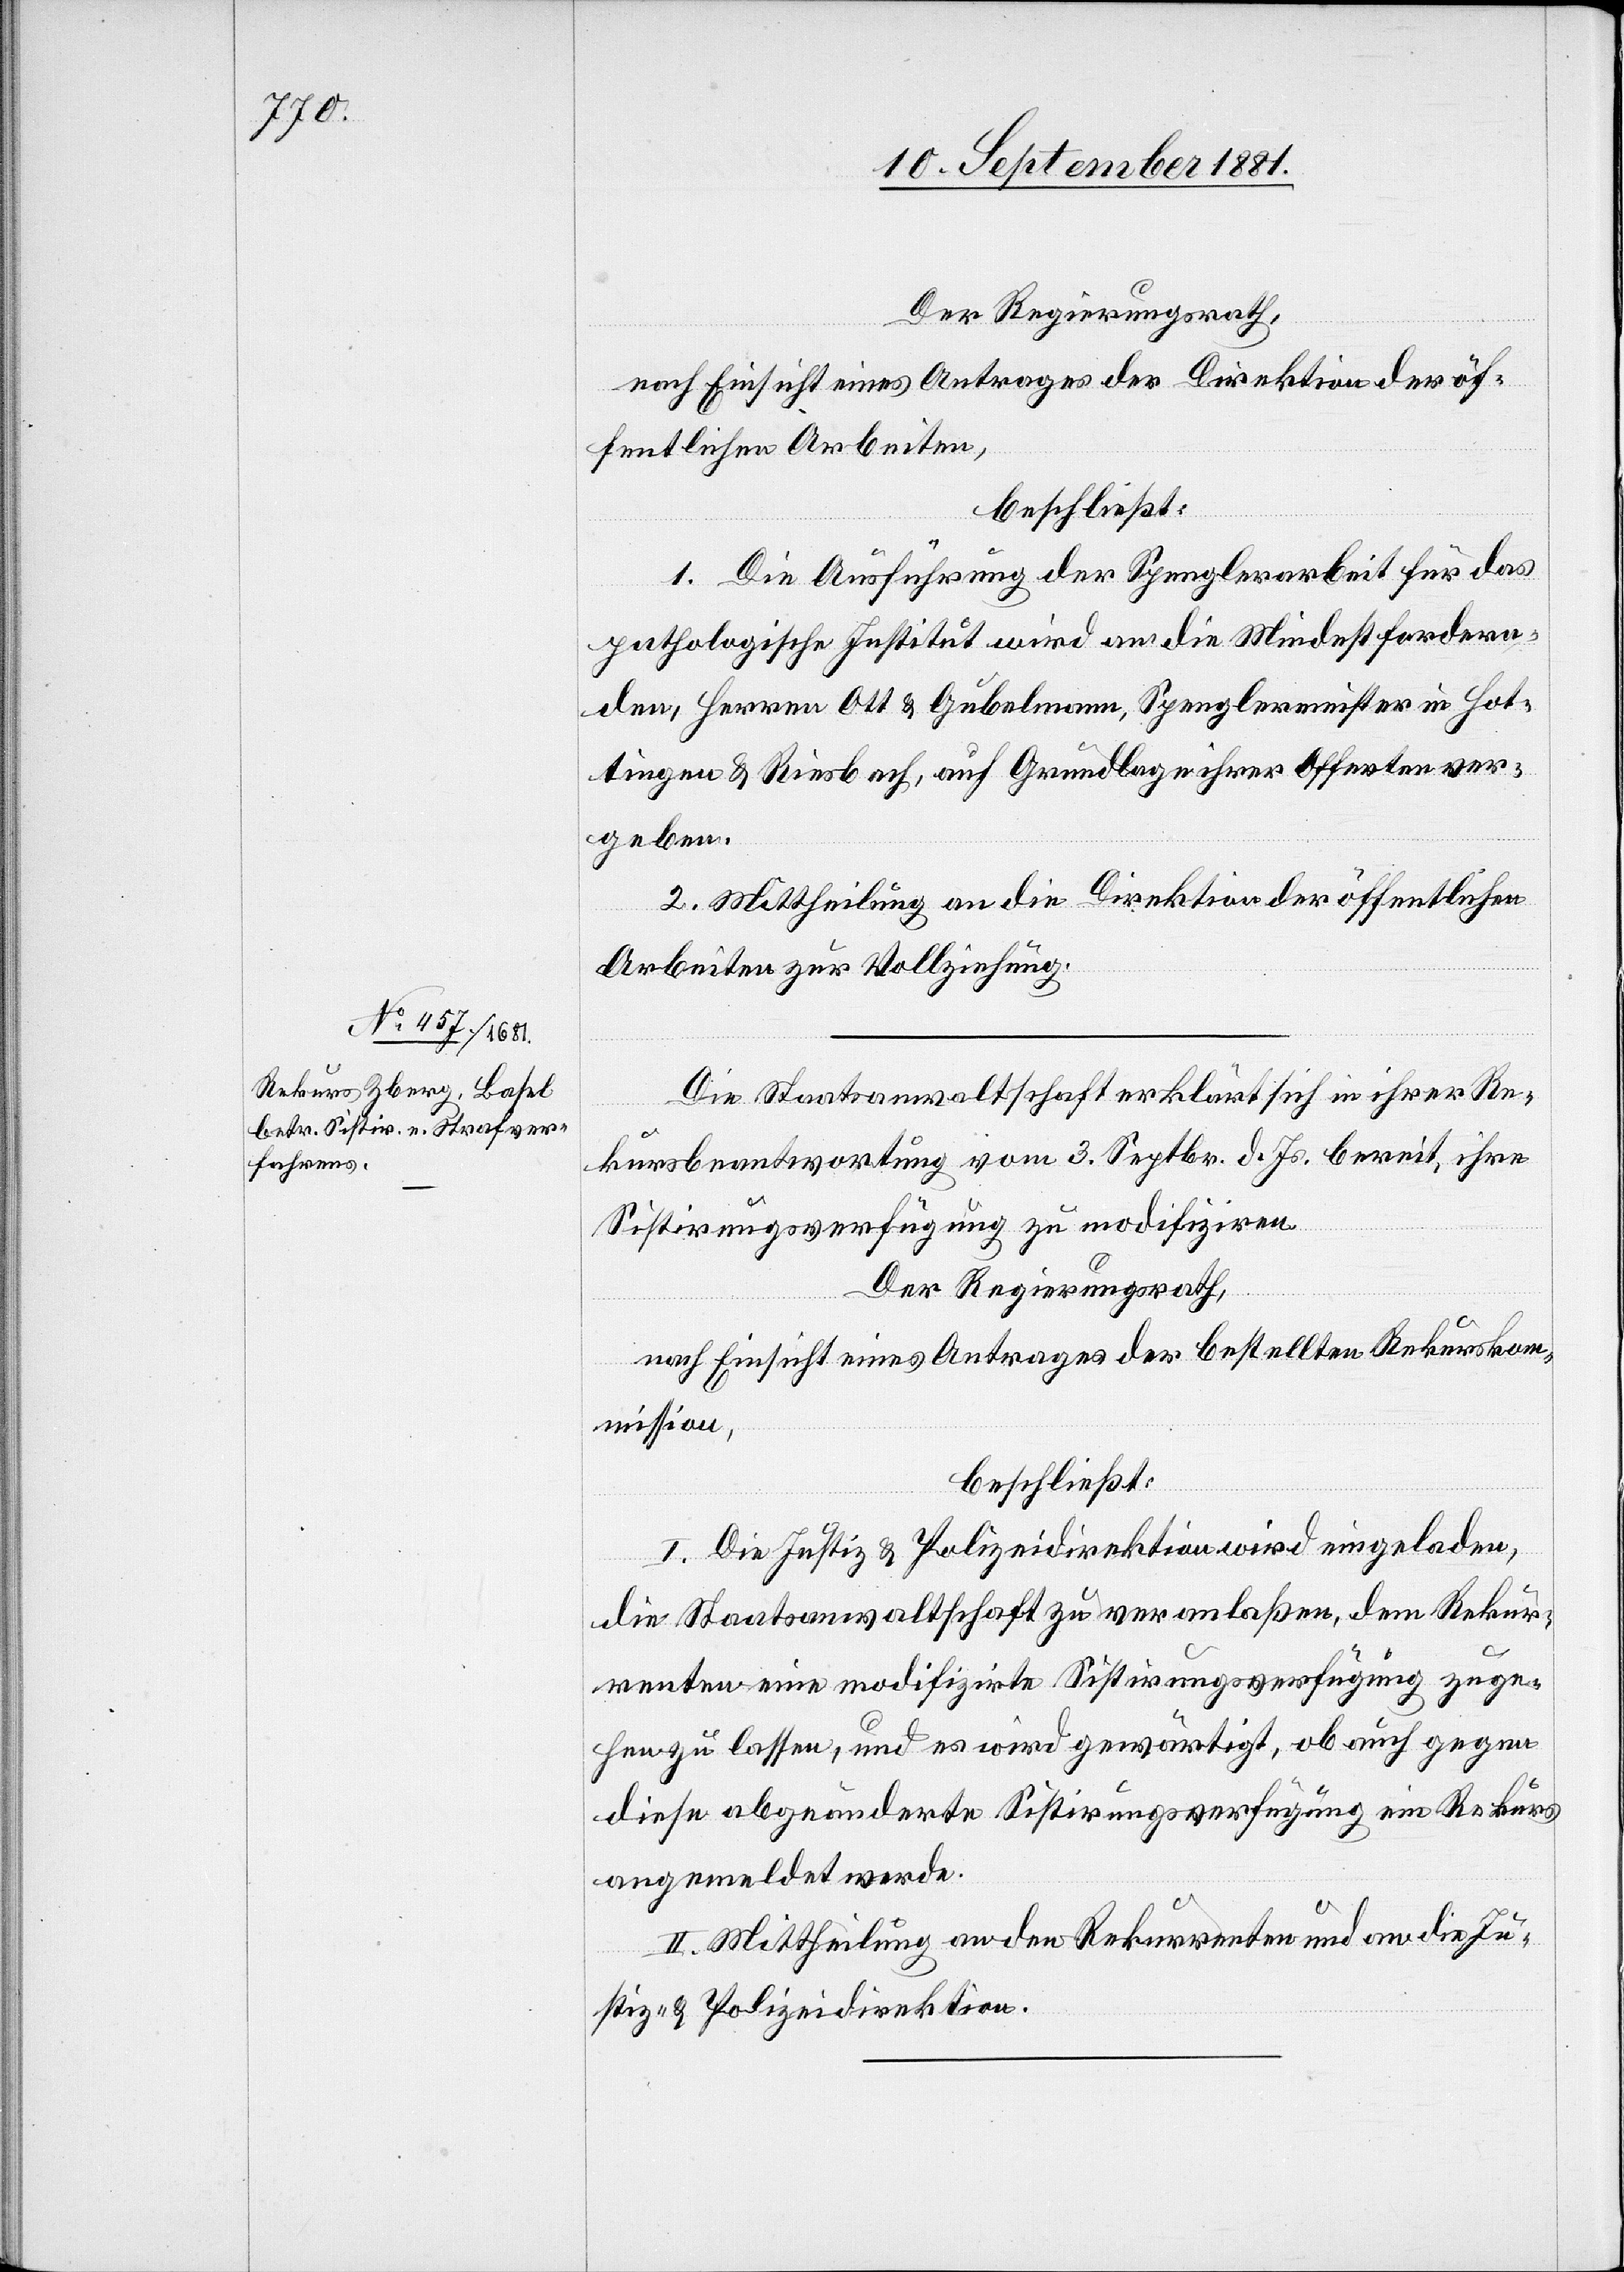
Der Regierungsrath,
nach Einsicht eines Antrages der Direktion der öf¬
fentlichen Arbeiten,
beschließt:
1. Die Ausführung der Spenglerarbeit für das
pathologische Institut wird an die Mindestfordern¬
den, Herren Ott & Gubelmann, Spenglermeister in Hot¬
tingen & Riesbach, auf Grundlage ihrer Offerten ver¬
geben.
2. Mittheilung an die Direktion der öffentlichen
Arbeiten zur Vollziehung.
Die Staatsanwaltschaft erklärt sich in ihrer Re¬
kursbeantwortung vom 3. Septbr. d. Js. bereit, ihre
Sistirungsverfügung zu modifizieren.
Der Regierungsrath,
nach Einsicht eines Antrages der bestellten Rekursko¬
mmission,
beschließt:
1. Die Justiz- & Polizeidirektion wird eingeladen,
die Staatsanwaltschaft zu veranlaßen, dem Rekur¬
renten eine modifizirte Sistirungsverfügung zuge¬
hen lassen, und es wird gewärtigt, ob auch gegen
diese abgeänderte Sistirungsverfügung ein Rekurs
angemeldet werde.
II. Mittheilung an den Rekurrenten und an die Ju¬
stiz- & Polizeidirektion.